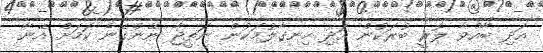
އަދި ބާއްވާ ލޮރީ ބުރަކުން އަދި ހިނގާލުމަކުން ނަތީޖާ ނޭންގޭނެ ކަމަށް އޭނާ